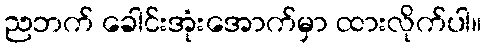
ညဘက် ခေါင်းအုံးအောက်မှာ ထားလိုက်ပါ။